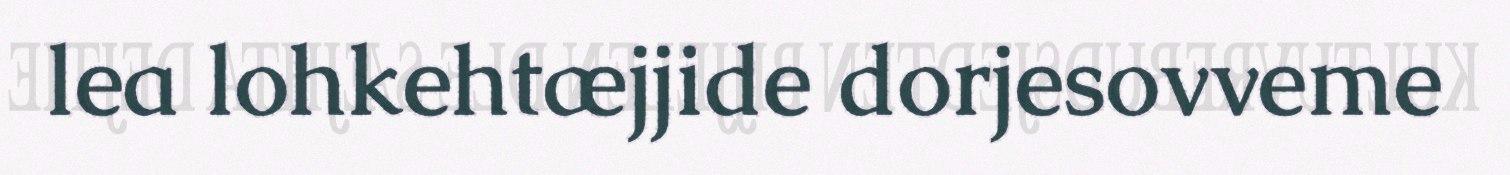
lea lohkehtæjjide dorjesovveme